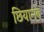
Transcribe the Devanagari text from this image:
छियानवे